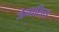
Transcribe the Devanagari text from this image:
जेनासिस